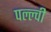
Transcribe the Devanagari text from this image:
पल्ल्वी